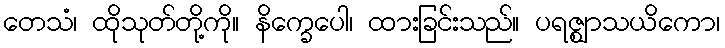
တေသံ၊ ထိုသုတ်တို့ကို။ နိက္ခေပေါ၊ ထားခြင်းသည်။ ပရဇ္ဈာသယိကော၊